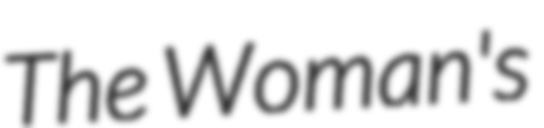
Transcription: The Woman's